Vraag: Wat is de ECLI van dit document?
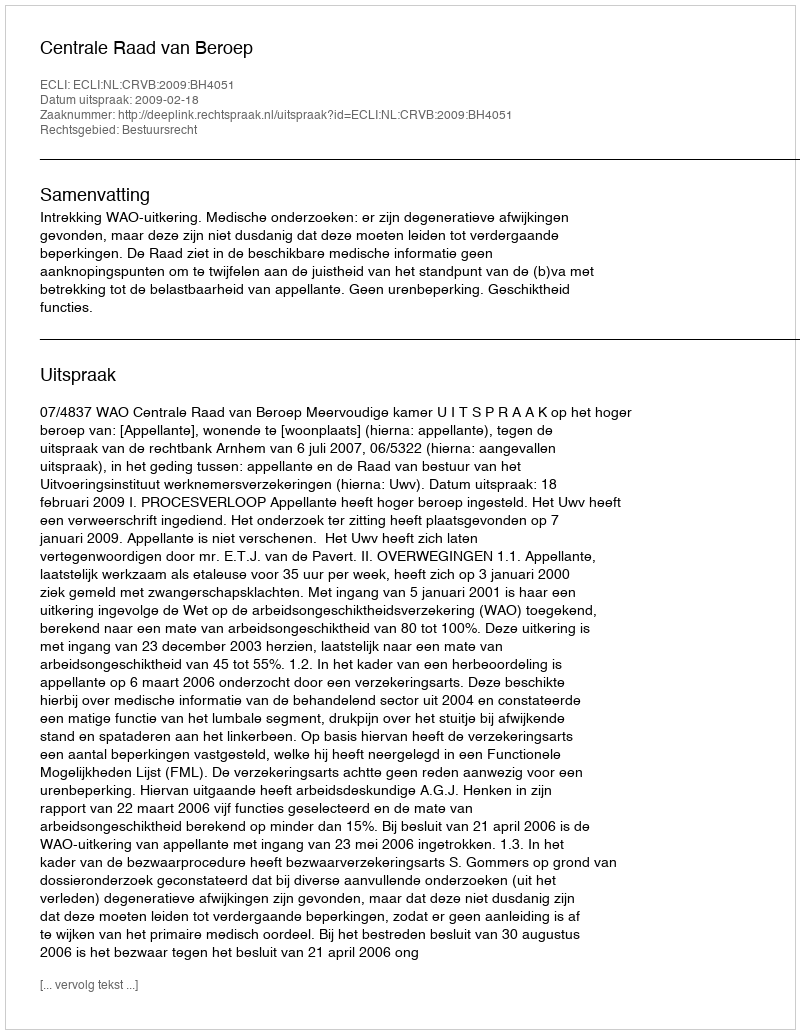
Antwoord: ECLI:NL:CRVB:2009:BH4051